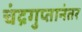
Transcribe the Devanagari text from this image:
चंद्रगुप्तानंतर